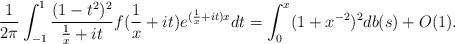
LaTeX: \begin{align*} \frac1{2\pi}\int_{-1}^1\frac{(1-t^2)^2}{\frac1x+it}f(\frac1x+it)e^{(\frac1x+it)x}dt=\int_0^x(1+x^{-2})^2db(s)+O(1). \end{align*}